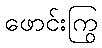
ဖောင်းကြွ